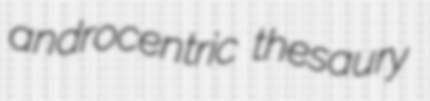
androcentric thesaury